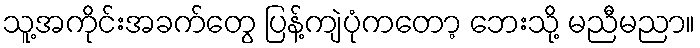
သူ့အကိုင်းအခက်တွေ ပြန့်ကျဲပုံကတော့ ဘေးသို့ မညီမညာ။